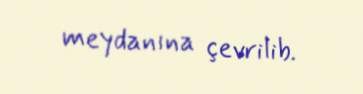
meydanına çevrilib.